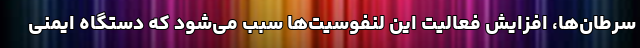
سرطان‌ها، افزایش فعالیت این لنفوسیت‌ها سبب می‌شود که دستگاه ایمنی